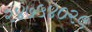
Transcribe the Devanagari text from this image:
२४७५४०२९